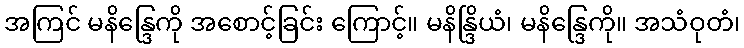
အကြင် မနိန္ဒြေကို အစောင့်ခြင်း ကြောင့်။ မနိန္ဒြိယံ၊ မနိန္ဒြေကို။ အသံဝုတံ၊